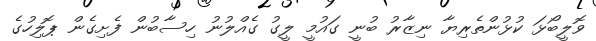
ވޮލީބޯޅަ ކުޅުންތެރިޔާ ނިޒާރު ބުނީ ގައުމީ ލީގު ގެއްލުނު ހިސާބުން ފެށިގެން ޕޮލިހުގެ